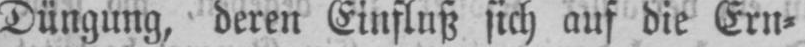
Düngung, deren Einfluß sich auf die Ern⸗